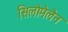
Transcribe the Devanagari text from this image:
सिलोमेलेन